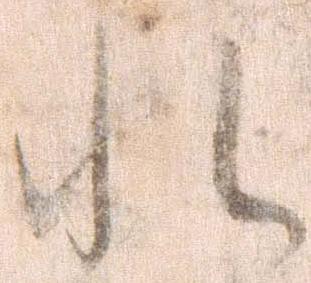
れ